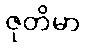
ဇုတိမာ